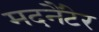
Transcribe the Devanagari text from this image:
मदनैंटेर